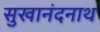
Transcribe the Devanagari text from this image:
सुखानंदनाथ